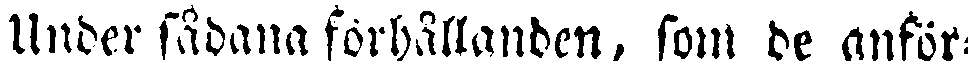
Under sådana förhållanden, som de anför-